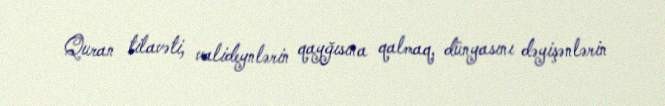
Quran tilavəti, valideynlərin qayğısına qalmaq, dünyasını dəyişənlərin